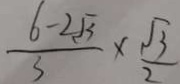
\frac { 6 - 2 \sqrt { 3 } } { 3 } \times \frac { \sqrt { 3 } } { 2 }